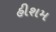
હીશમ